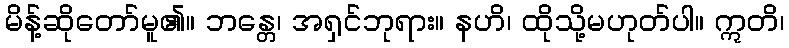
မိန့်ဆိုတော်မူ၏။ ဘန္တေ၊ အရှင်ဘုရား။ နဟိ၊ ထိုသို့မဟုတ်ပါ။ ဣတိ၊